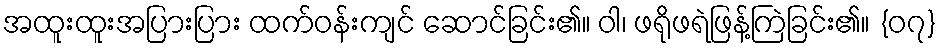
အထူးထူးအပြားပြား ထက်ဝန်းကျင် ဆောင်ခြင်း၏။ ဝါ၊ ဖရိုဖရဲဖြန့်ကြဲခြင်း၏။ {၀၇}